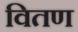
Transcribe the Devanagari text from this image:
वितण